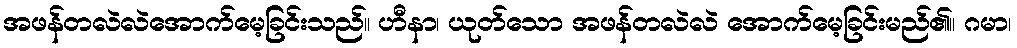
အဖန်တလဲလဲအောက်မေ့ခြင်းသည်။ ဟီနာ၊ ယုတ်သော အဖန်တလဲလဲ အောက်မေ့ခြင်းမည်၏။ ဂမာ၊